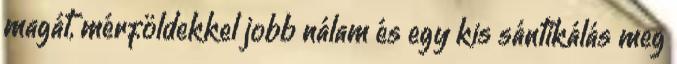
magát, mérföldekkel jobb nálam és egy kis sántikálás meg